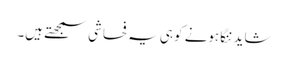
شاید ننگا ہونے کو ہی یہ فحاشی سمجھتے ہیں۔